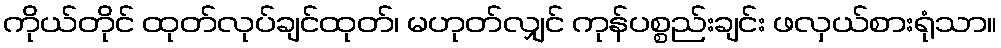
ကိုယ်တိုင် ထုတ်လုပ်ချင်ထုတ်၊ မဟုတ်လျှင် ကုန်ပစ္စည်းချင်း ဖလှယ်စားရုံသာ။